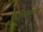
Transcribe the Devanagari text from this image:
लिएनियामक